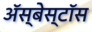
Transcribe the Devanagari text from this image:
ॲस्बेस्टॉस